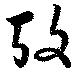
攷